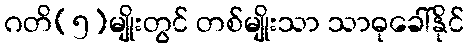
ဂတိ(၅)မျိုးတွင် တစ်မျိုးသာ သာဓုခေါ်နိုင်